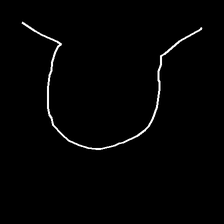
Glyph: weave